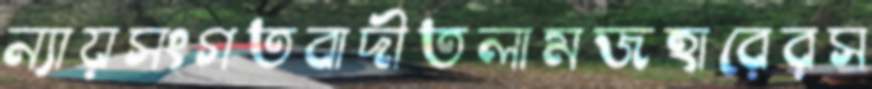
ন্যায়সংগতবাদীতলামজহারেরস